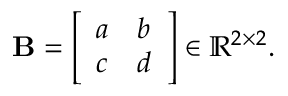
\mathbf { B } = { \left[ \begin{array} { l l } { a } & { b } \\ { c } & { d } \end{array} \right] } \in \mathbb { R } ^ { 2 \times 2 } .